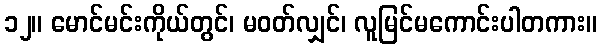
၁၂။ မောင်မင်းကိုယ်တွင်၊ မဝတ်လျှင်၊ လူမြင်မကောင်းပါတကား။